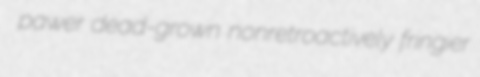
pawer dead-grown nonretroactively fringier